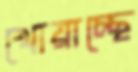
খোয়াচ্ছে